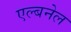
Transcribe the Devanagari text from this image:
एल्बनेल